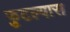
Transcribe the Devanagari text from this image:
फुटल्यास